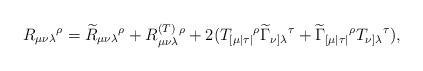
\begin{align*}R_{\mu \nu \lambda }{}^{\rho }=\widetilde{R}_{\mu \nu \lambda }{}^{\rho}+R_{\mu \nu \lambda }^{{\footnotesize (T)}}{}^{\rho }+2(T_{[\mu \mid \tau\mid }{}^{\rho }\widetilde{\Gamma }_{\nu ]\lambda }{}^{\tau }+\widetilde{\Gamma }_{[\mu \mid \tau \mid }{}^{\rho }T_{\nu ]\lambda }{}^{\tau }),\end{align*}